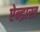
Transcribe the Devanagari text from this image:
ऐन्द्रास्त्र